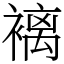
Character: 褵